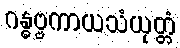
ဂန္ဓဗ္ဗကာယသံယုတ္တံ